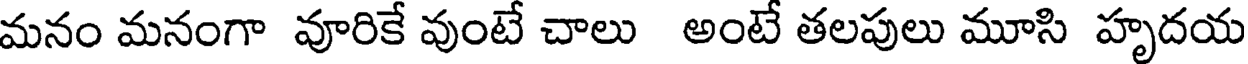
మనం మనంగా వూరికే వుంటే చాలు అంటే తలపులు మూసి హృదయ